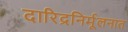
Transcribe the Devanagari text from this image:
दारिद्रनिर्मूलनात